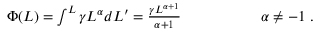
\begin{array} { r l } { \Phi ( L ) = \int ^ { L } \gamma L ^ { \alpha } d L ^ { \prime } = \frac { \gamma L ^ { \alpha + 1 } } { \alpha + 1 } \qquad \qquad } & { { } \ \alpha \neq - 1 \ . } \end{array}